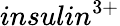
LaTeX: insulin^{3+}